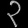
Digit: ၃